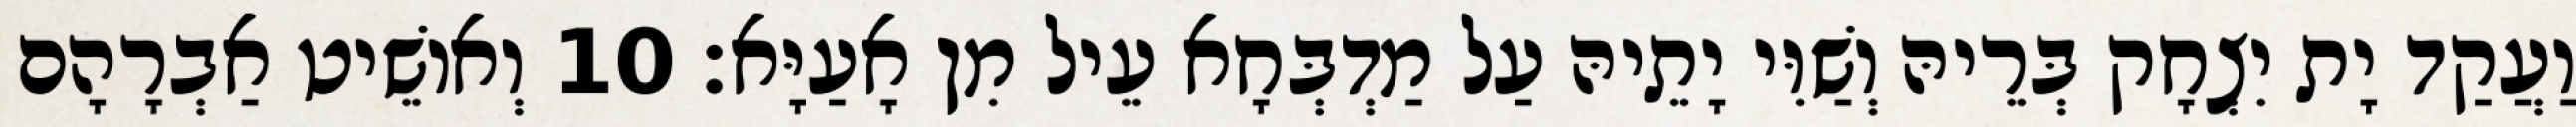
וַעֲקַד יָת יִצְחָק בְּרֵיהּ וְשַׁוִּי יָתֵיהּ עַל מַדְבְּחָא עֵיל מִן אָעַיָּא׃ 10 וְאוֹשֵׁיט אַבְרָהָם